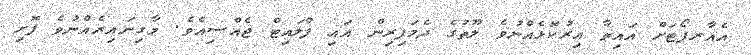
އެއާރޕޯޓަށް އައިތާ އިރުކޮޅެއްނުވެ ލޫތުގެ ދެމަފިރިން އައި ފްލައިޓް ޖެއްސިއެވެ. މާގިނައިރެއްނުވެ ފޮށި